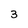
Character: 3